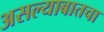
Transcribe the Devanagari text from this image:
असल्याबातचा